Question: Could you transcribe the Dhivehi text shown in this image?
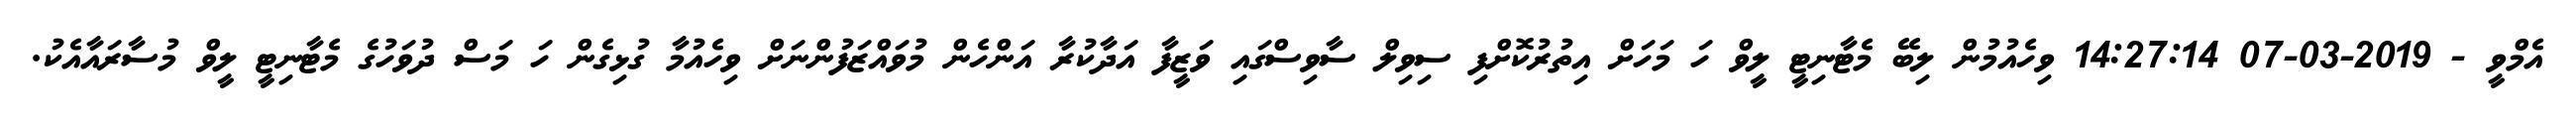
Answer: އެމްވީ - 2019-03-07 14:27:14 ވިހެއުމުން ލިބޭ މެޓާނިޓީ ލީވް ހަ މަހަށް އިތުރުކޮށްފި ސިވިލް ސާވިސްގައި ވަޒީފާ އަދާކުރާ އަންހެން މުވައްޒަފުންނަށް ވިހެއުމާ ގުޅިގެން ހަ މަސް ދުވަހުގެ މެޓާނިޓީ ލީވް މުސާރައާއެކު.